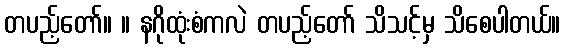
တပည့်တော်။ ။ နဂိုထုံးစံကလဲ တပည့်တော် သိသင့်မှ သိစေပါတယ်။